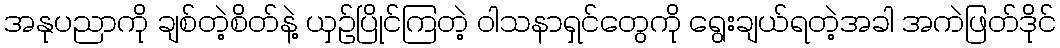
အနုပညာကို ချစ်တဲ့စိတ်နဲ့ ယှဉ်ပြိုင်ကြတဲ့ ဝါသနာရှင်တွေကို ရွေးချယ်ရတဲ့အခါ အကဲဖြတ်ဒိုင်